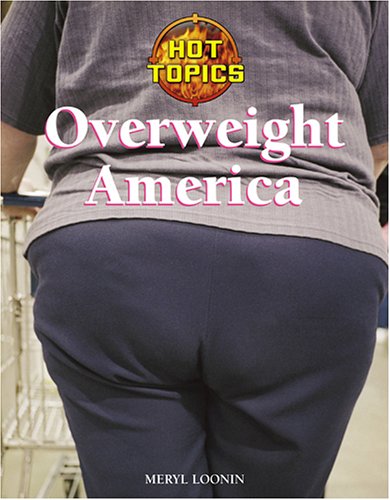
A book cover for Overweight America (Hot Topics); Meryl Loonin; Teen & Young Adult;